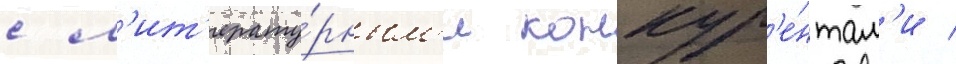
с л'ит'ерату́рным'и конкур'е́нтам'и /